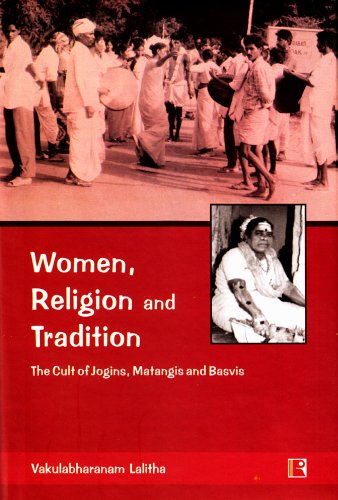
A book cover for Women, Religion and Tradition: The Cult of Jogins, Matangis and Basvis; Vakulabharanam Lalitha; Religion & Spirituality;